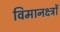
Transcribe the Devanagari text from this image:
विमानक्ष्त्रों